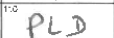
Transcription: PLD